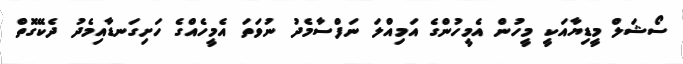
ސޯޝަލް މީޑިޔާއަކީ މީހުން އެމީހުންގެ އަމިއްލަ ނަފްސާމެދު ނުވަތަ އެމީހެއްގެ ހަށިގަނޑާއިމެދު ދެކޭގޮތް